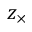
z _ { \times }